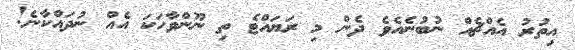
އިތުރު އެއްޗެއް ނުބުނެއެެވެ ދެން މި ރަޔައްޓެ ތި ނޫންވާހަކަ އެއް ނުދައްކާނެ!